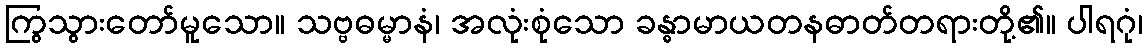
ကြွသွားတော်မူသော။ သဗ္ဗဓမ္မာနံ၊ အလုံးစုံသော ခန္ဓာမာယတနဓာတ်တရားတို့၏။ ပါရဂုံ၊